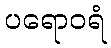
ပရောဝရံ